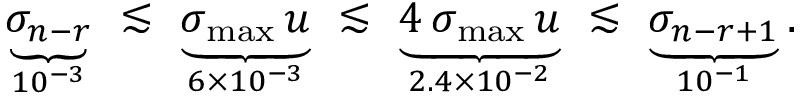
\begin{array} { r } { \underbrace { \sigma _ { n - r } } _ { 1 0 ^ { - 3 } } \ \lesssim \ \underbrace { \sigma _ { \operatorname* { m a x } } \, u } _ { 6 \times 1 0 ^ { - 3 } } \ \lesssim \ \underbrace { 4 \, \sigma _ { \operatorname* { m a x } } \, u } _ { 2 . 4 \times 1 0 ^ { - 2 } } \ \lesssim \ \underbrace { \sigma _ { n - r + 1 } } _ { 1 0 ^ { - 1 } } . } \end{array}